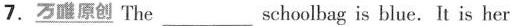
7.\underline{万唯原创} The ___ schoolbag is blue.It is her